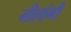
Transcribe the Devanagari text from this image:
नीलांगी